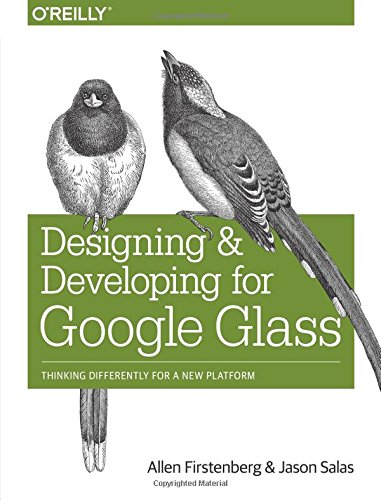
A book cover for Designing and Developing for Google Glass: Thinking Differently for a New Platform; Allen Firstenberg; Computers & Technology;